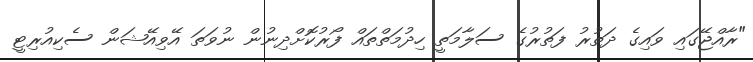
"ރާއްޖޭގައި ވައިގެ ދަތުރު ފަތުރުގެ ސަލާމަތީ ހިދުމަތްތައް ފޯރުކޮށްދިނުން ނުވަތަ އޭވިއޭޝަން ސެކިއުރިޓީ